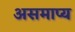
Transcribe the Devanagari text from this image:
असमाप्य